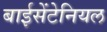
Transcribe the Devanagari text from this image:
बाईसेंटेनियल